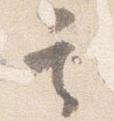
其